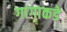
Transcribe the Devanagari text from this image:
गागाकडे